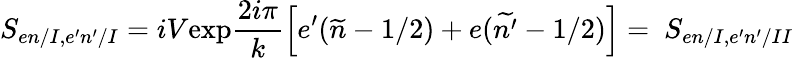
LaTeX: S_{en/I,e^{\prime}n^{\prime}/I}=iV\mathrm{exp}\frac{2i\pi}{k}\left[e^{\prime}(\widetilde{n}-1/2)+e(\widetilde{n^{\prime}}-1/2)\right]=\ S_{en/I,e^{\prime}n^{\prime}/II}